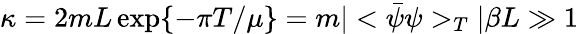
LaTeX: \kappa=2mL\exp\{ -\pi T/\mu\} =m|<\bar{\psi}\psi>_{T}|\beta L\gg 1